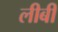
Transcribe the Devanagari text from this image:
लीबी